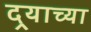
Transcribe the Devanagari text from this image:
दर्‍याच्या